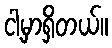
ငါ့မှာရှိတယ်။